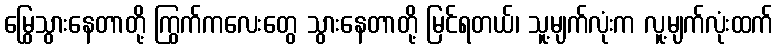
မြွေသွားနေတာတို့ ကြွက်ကလေးတွေ သွားနေတာတို့ မြင်ရတယ်၊ သူ့မျက်လုံးက လူ့မျက်လုံးထက်